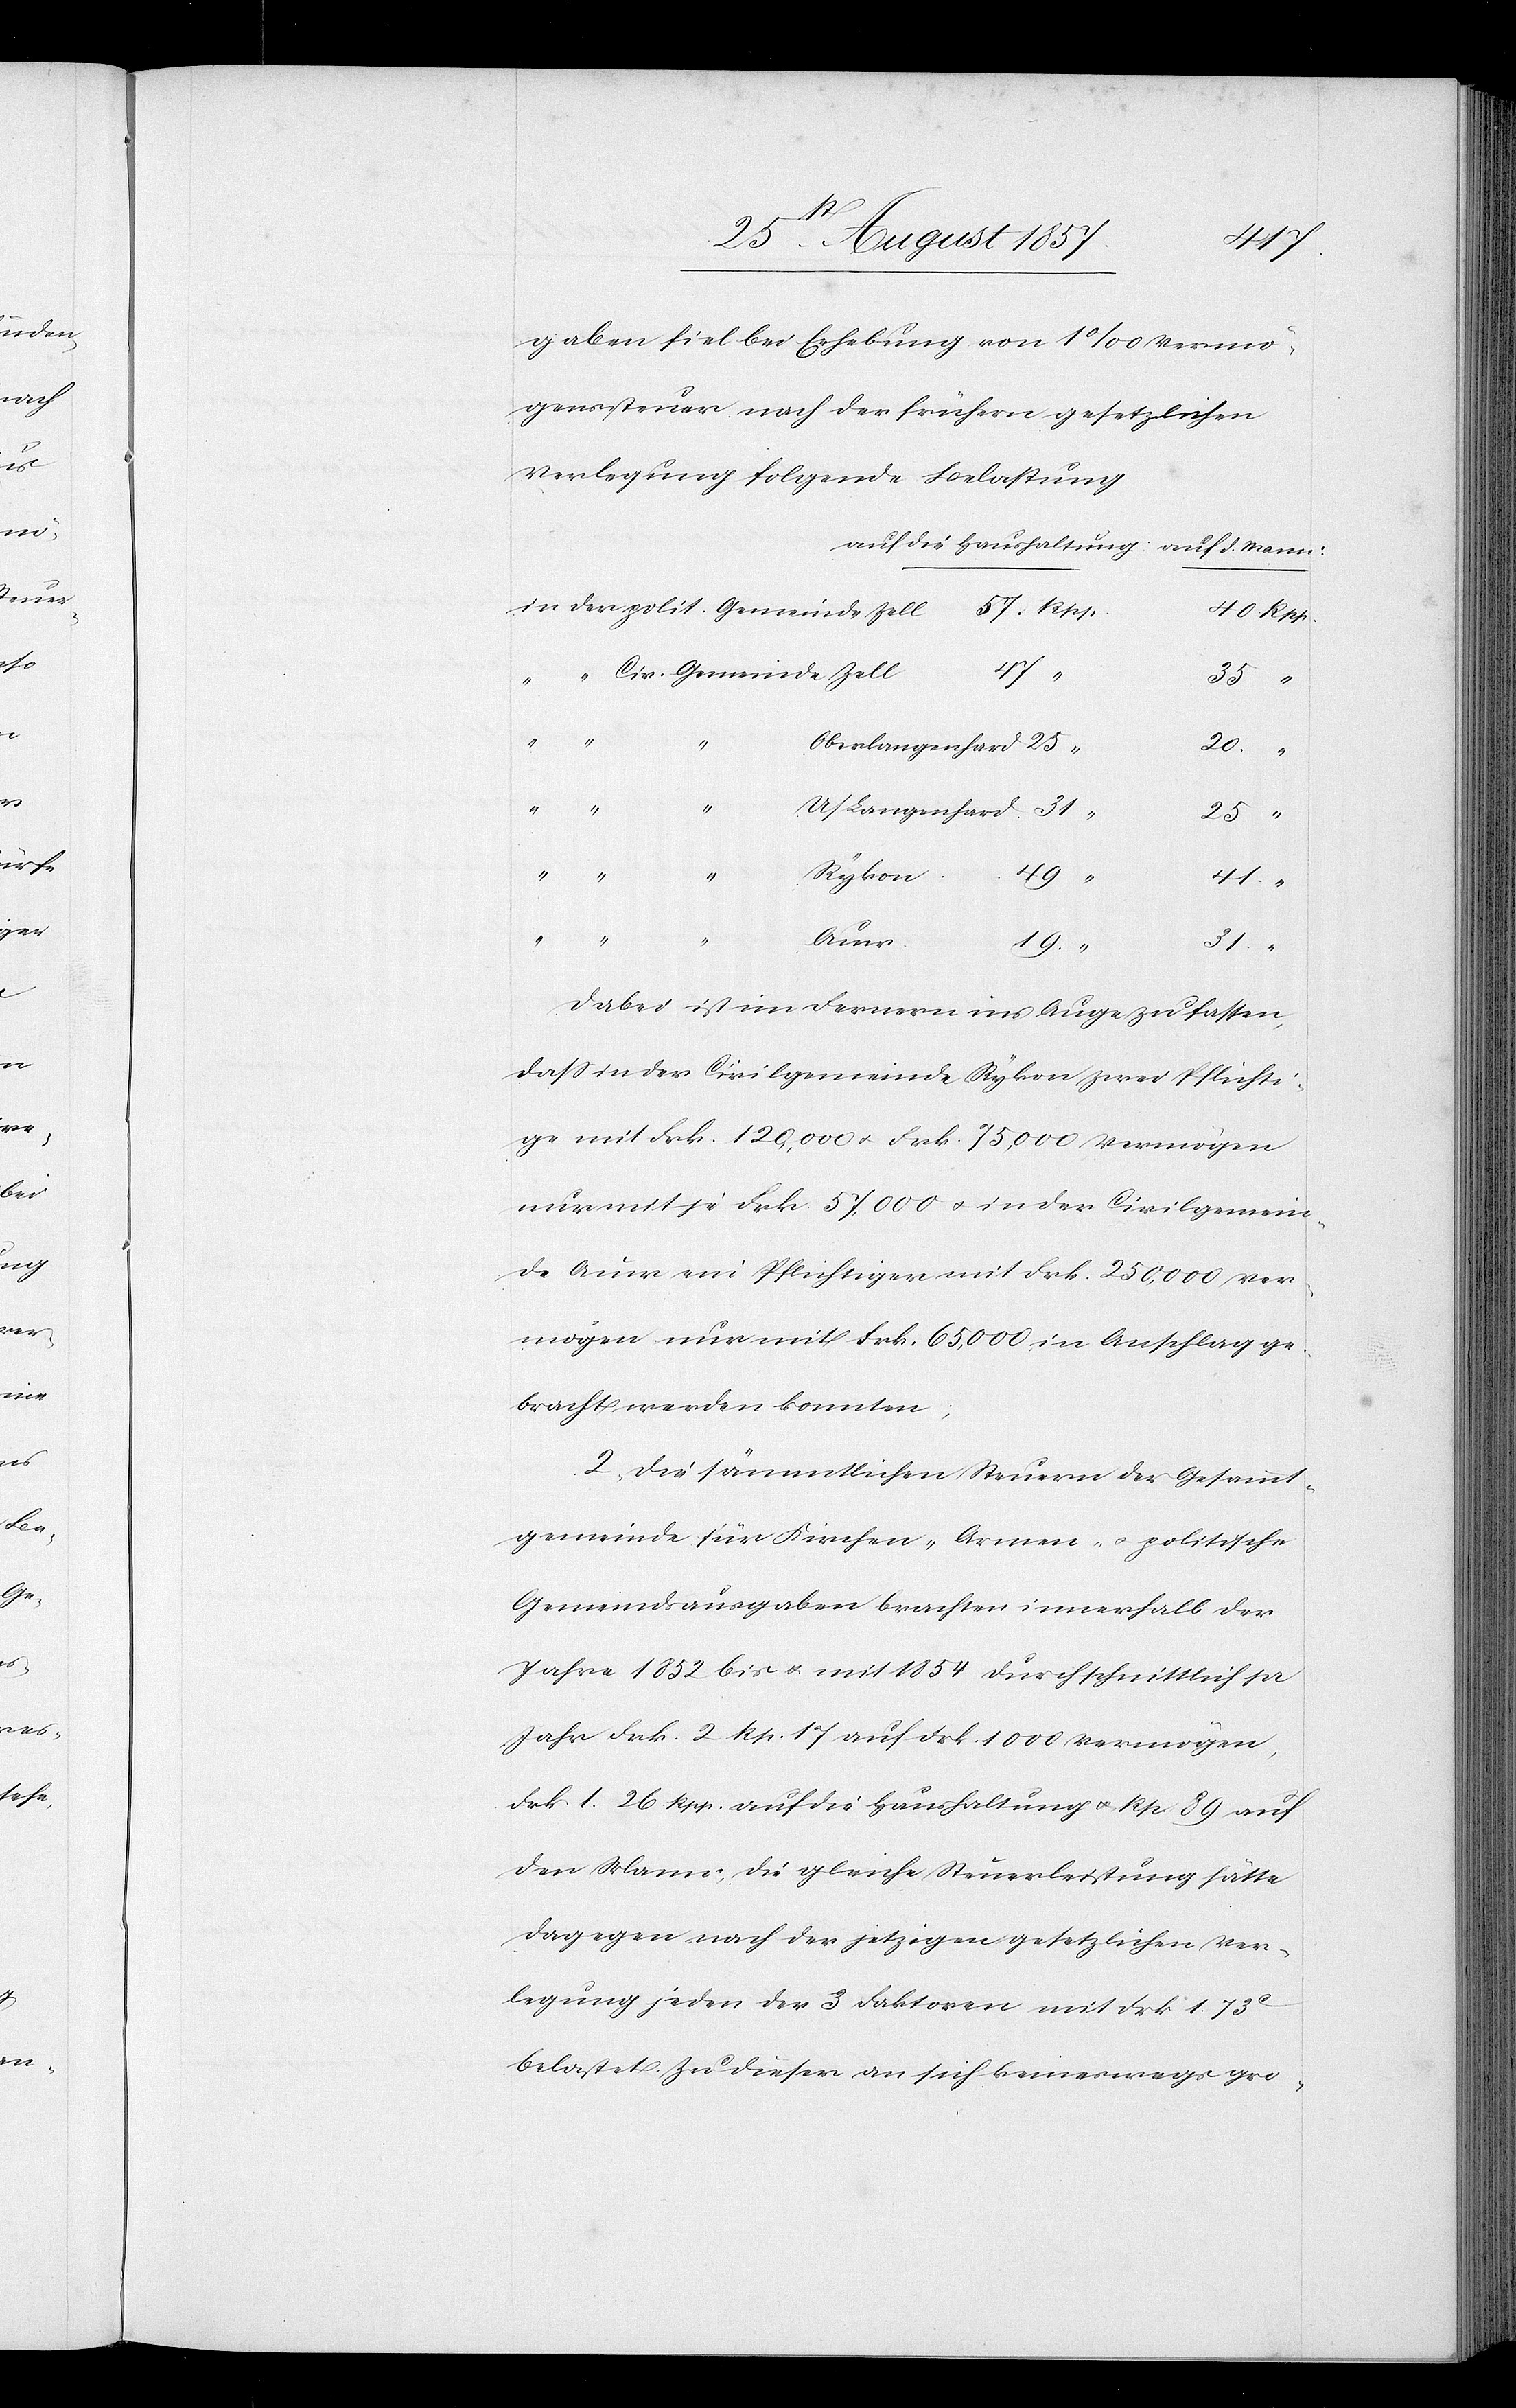
41
gaben fiel bei Erhebung von 1‰ Vermö¬
genssteuern nach der frühern gesetzlichen
Verlegung folgende Belastung
40 Rpp.
25
Oberlangenhard
“
Auer
U/Langenhard
Rykon
19 “
31 “
Dabei ist im Fernern ins Auge zu fassen,
daß in der Civilgemeinde Rykon zwei Pflichti¬
ge mit Frk. 120,000 & Frk. 75,000 Vermögen
nur mit je Frk. 57,000 & in der Civilgemein¬
de Auer ein Pflichtiger mit Frk. 250,000 Ver¬
mögen nur mit Frk. 65,000 in Anschlag ge¬
bracht werden konnten;
2. Die sämmtlichen Steuern der Gesammt¬
gemeinde für Kirchen- Armen- & politische
Gemeindsausgaben brachten innerhalb der
Jahre 1852 bis & mit 1854 durchschnittlich pr
Jahr Frk. 2 Rp. 17 auf Frk. 1000 Vermögen,
Frk. 1. 26 Rpp. auf die Haushaltung & Rp. 89 auf
den Mann, die gleiche Steuerleistung hätte
dagegen nach der jetzigen gesetzlichen Ver¬
legung jeden der 3 Faktoren mit Frk 1. 73c
belastet. Zu dieser an sich keineswegs gro-